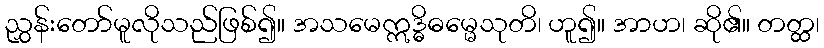
ညွှန်းတော်မူလိုသည်ဖြစ်၍။ အသမေဣဒ္ဓိဓမ္မေသုတိ၊ ဟူ၍။ အာဟ၊ ဆို၏။ တတ္ထ၊